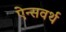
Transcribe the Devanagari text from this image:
ऐन्सवर्थ